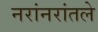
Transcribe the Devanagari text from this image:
नरांनरांतले